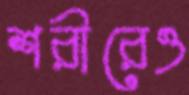
শরীরেও